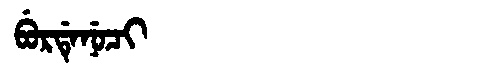
Manchu: ᠪᡠᡵᡩᡝᠨᡠᠴᡳ
Romanization: BURDENUCI